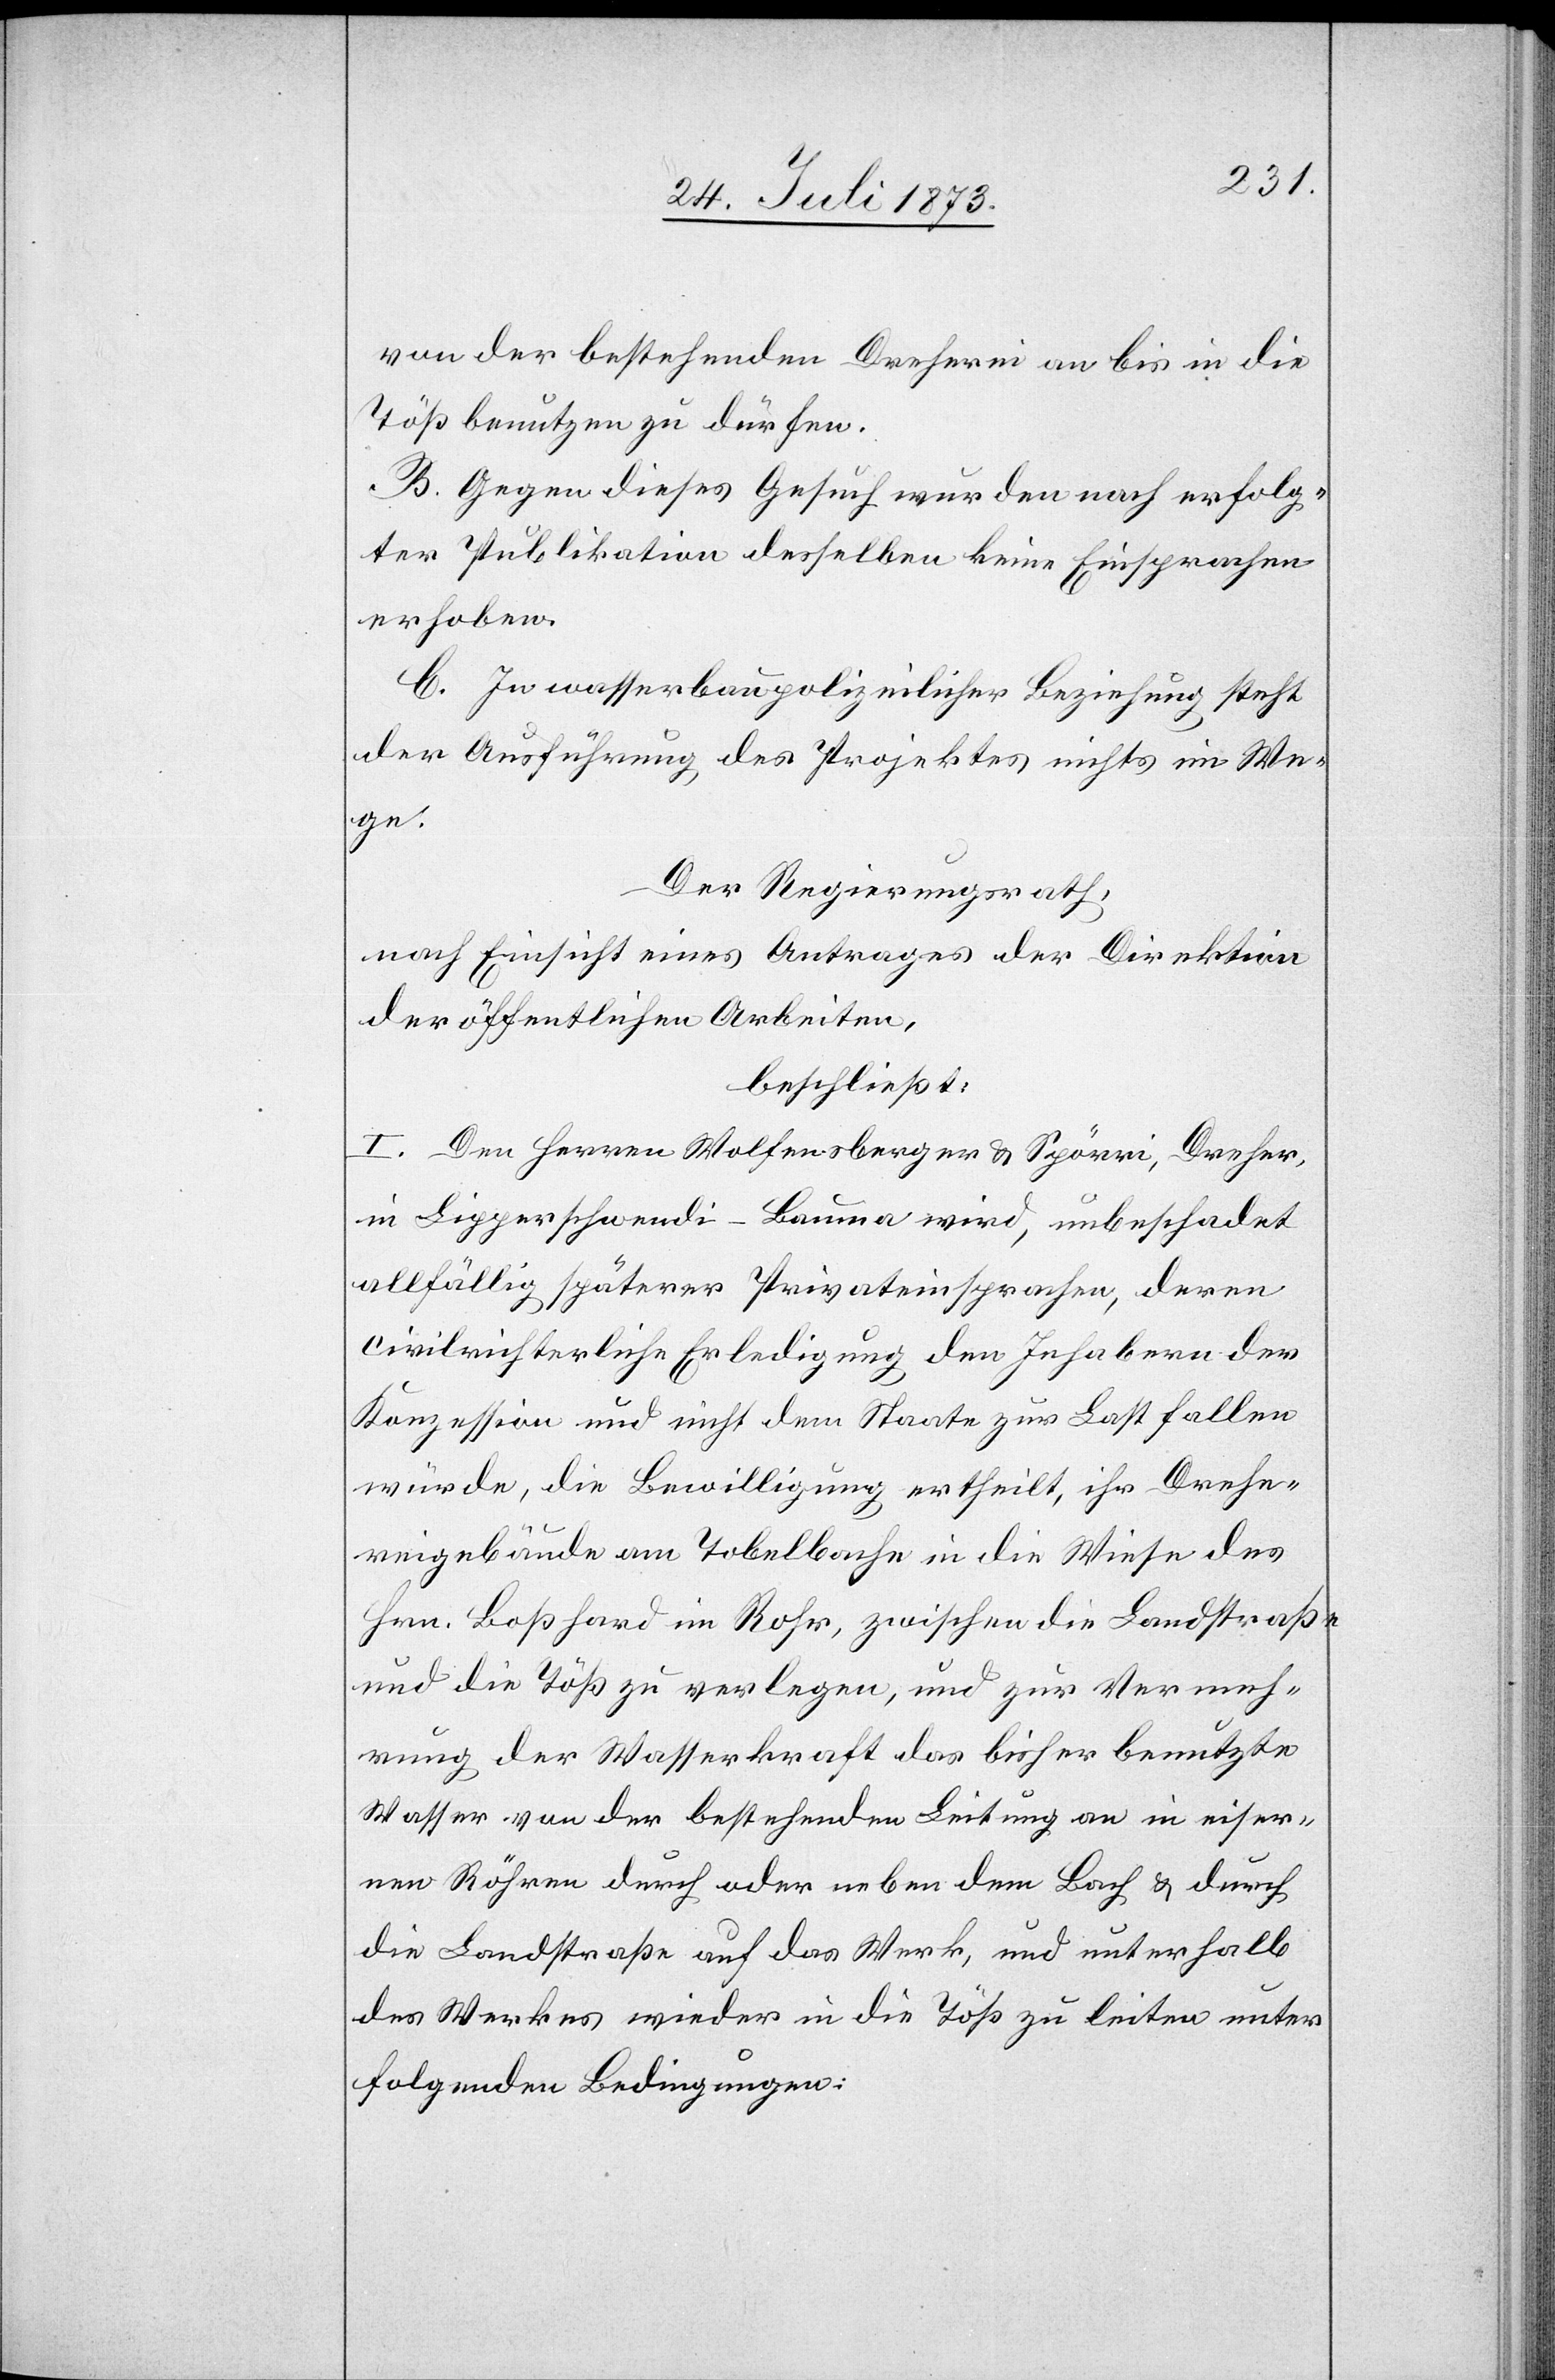
von der bestehenden Dreherei an bis in die
Töß benutzen zu dürfen.
B. Gegen dieses Gesuch wurden nach erfolg¬
ter Publikation desselben keine Einsprachen
erhoben.
C. In wasserbaupolizeilicher Beziehung steht
der Ausführung des Projektes nichts im We¬
ge.
Der Regierungsrath,
nach Einsicht eines Antrages der Direktion
der öffentlichen Arbeiten,
beschließt:
I. Den Herren Wolfensberger & Spörri, Dreher,
in Lipperschwendi-Bauma wird, unbeschadet
allfällig späterer Privateinsprachen, deren
civilrichterliche Erledigung den Inhabern der
Konzession und nicht dem Staate zur Last fallen
würde, die Bewilligung ertheilt, ihr Drehe¬
reigebäude am Tobelbache in die Wiese des
Hrn. Boßhard im Rohr, zwischen die Landstraße
und die Töß zu verlegen, und zur Vermeh¬
rung der Wasserkraft das bisher benutzte
Wasser von der bestehenden Leitung an in eiser¬
nen Röhren durch oder neben dem Bach & durch
die Landstraße auf das Werk, und unterhalb
des Werkes wieder in die Töß zu leiten unter
folgenden Bedingungen: